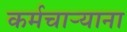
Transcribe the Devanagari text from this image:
कर्मचार्‍याना